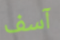
آسف